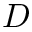
D